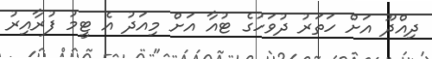
ދިއްދޫ އަށް ހަތަރު ދުވަހުގެ ޓުއާ އަށް މިއަދު އެ ޓީމު ފުރާއިރު